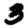
Digit: 3